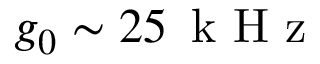
g _ { 0 } \sim 2 5 \, \mathrm { ~ k ~ H ~ z ~ }